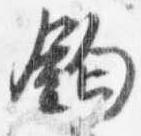
鈎